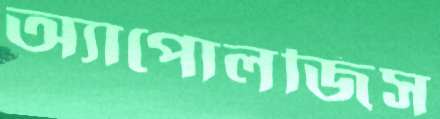
অ্যাপোলজিস